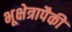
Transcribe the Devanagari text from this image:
भूक्षेत्रापैकी